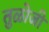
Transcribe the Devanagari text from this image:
तुळोजी